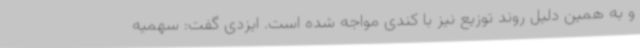
و به همین دلیل روند توزیع نیز با کندی مواجه شده است. ایزدی گفت: سهمیه